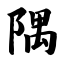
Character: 隅